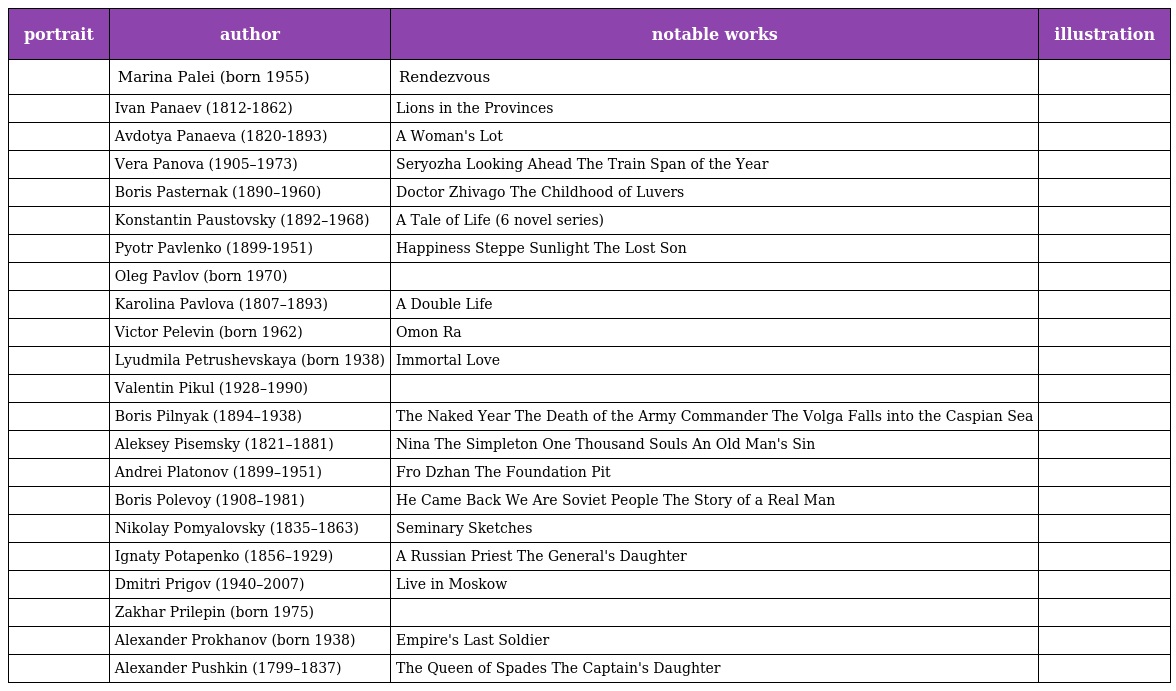
| portrait | author | notable works | illustration |
 | --- | --- | --- | --- |
 |  | Marina Palei (born 1955) | Rendezvous |  |
 |  | Ivan Panaev (1812-1862) | Lions in the Provinces |  |
 |  | Avdotya Panaeva (1820-1893) | A Woman's Lot |  |
 |  | Vera Panova (1905–1973) | Seryozha Looking Ahead The Train Span of the Year |  |
 |  | Boris Pasternak (1890–1960) | Doctor Zhivago The Childhood of Luvers |  |
 |  | Konstantin Paustovsky (1892–1968) | A Tale of Life (6 novel series) |  |
 |  | Pyotr Pavlenko (1899-1951) | Happiness Steppe Sunlight The Lost Son |  |
 |  | Oleg Pavlov (born 1970) |  |  |
 |  | Karolina Pavlova (1807–1893) | A Double Life |  |
 |  | Victor Pelevin (born 1962) | Omon Ra |  |
 |  | Lyudmila Petrushevskaya (born 1938) | Immortal Love |  |
 |  | Valentin Pikul (1928–1990) |  |  |
 |  | Boris Pilnyak (1894–1938) | The Naked Year The Death of the Army Commander The Volga Falls into the Caspian Sea |  |
 |  | Aleksey Pisemsky (1821–1881) | Nina The Simpleton One Thousand Souls An Old Man's Sin |  |
 |  | Andrei Platonov (1899–1951) | Fro Dzhan The Foundation Pit |  |
 |  | Boris Polevoy (1908–1981) | He Came Back We Are Soviet People The Story of a Real Man |  |
 |  | Nikolay Pomyalovsky (1835–1863) | Seminary Sketches |  |
 |  | Ignaty Potapenko (1856–1929) | A Russian Priest The General's Daughter |  |
 |  | Dmitri Prigov (1940–2007) | Live in Moskow |  |
 |  | Zakhar Prilepin (born 1975) |  |  |
 |  | Alexander Prokhanov (born 1938) | Empire's Last Soldier |  |
 |  | Alexander Pushkin (1799–1837) | The Queen of Spades The Captain's Daughter |  |